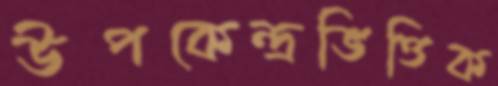
উপকেন্দ্রভিত্তিক